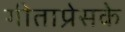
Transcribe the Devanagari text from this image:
गीताप्रेसके